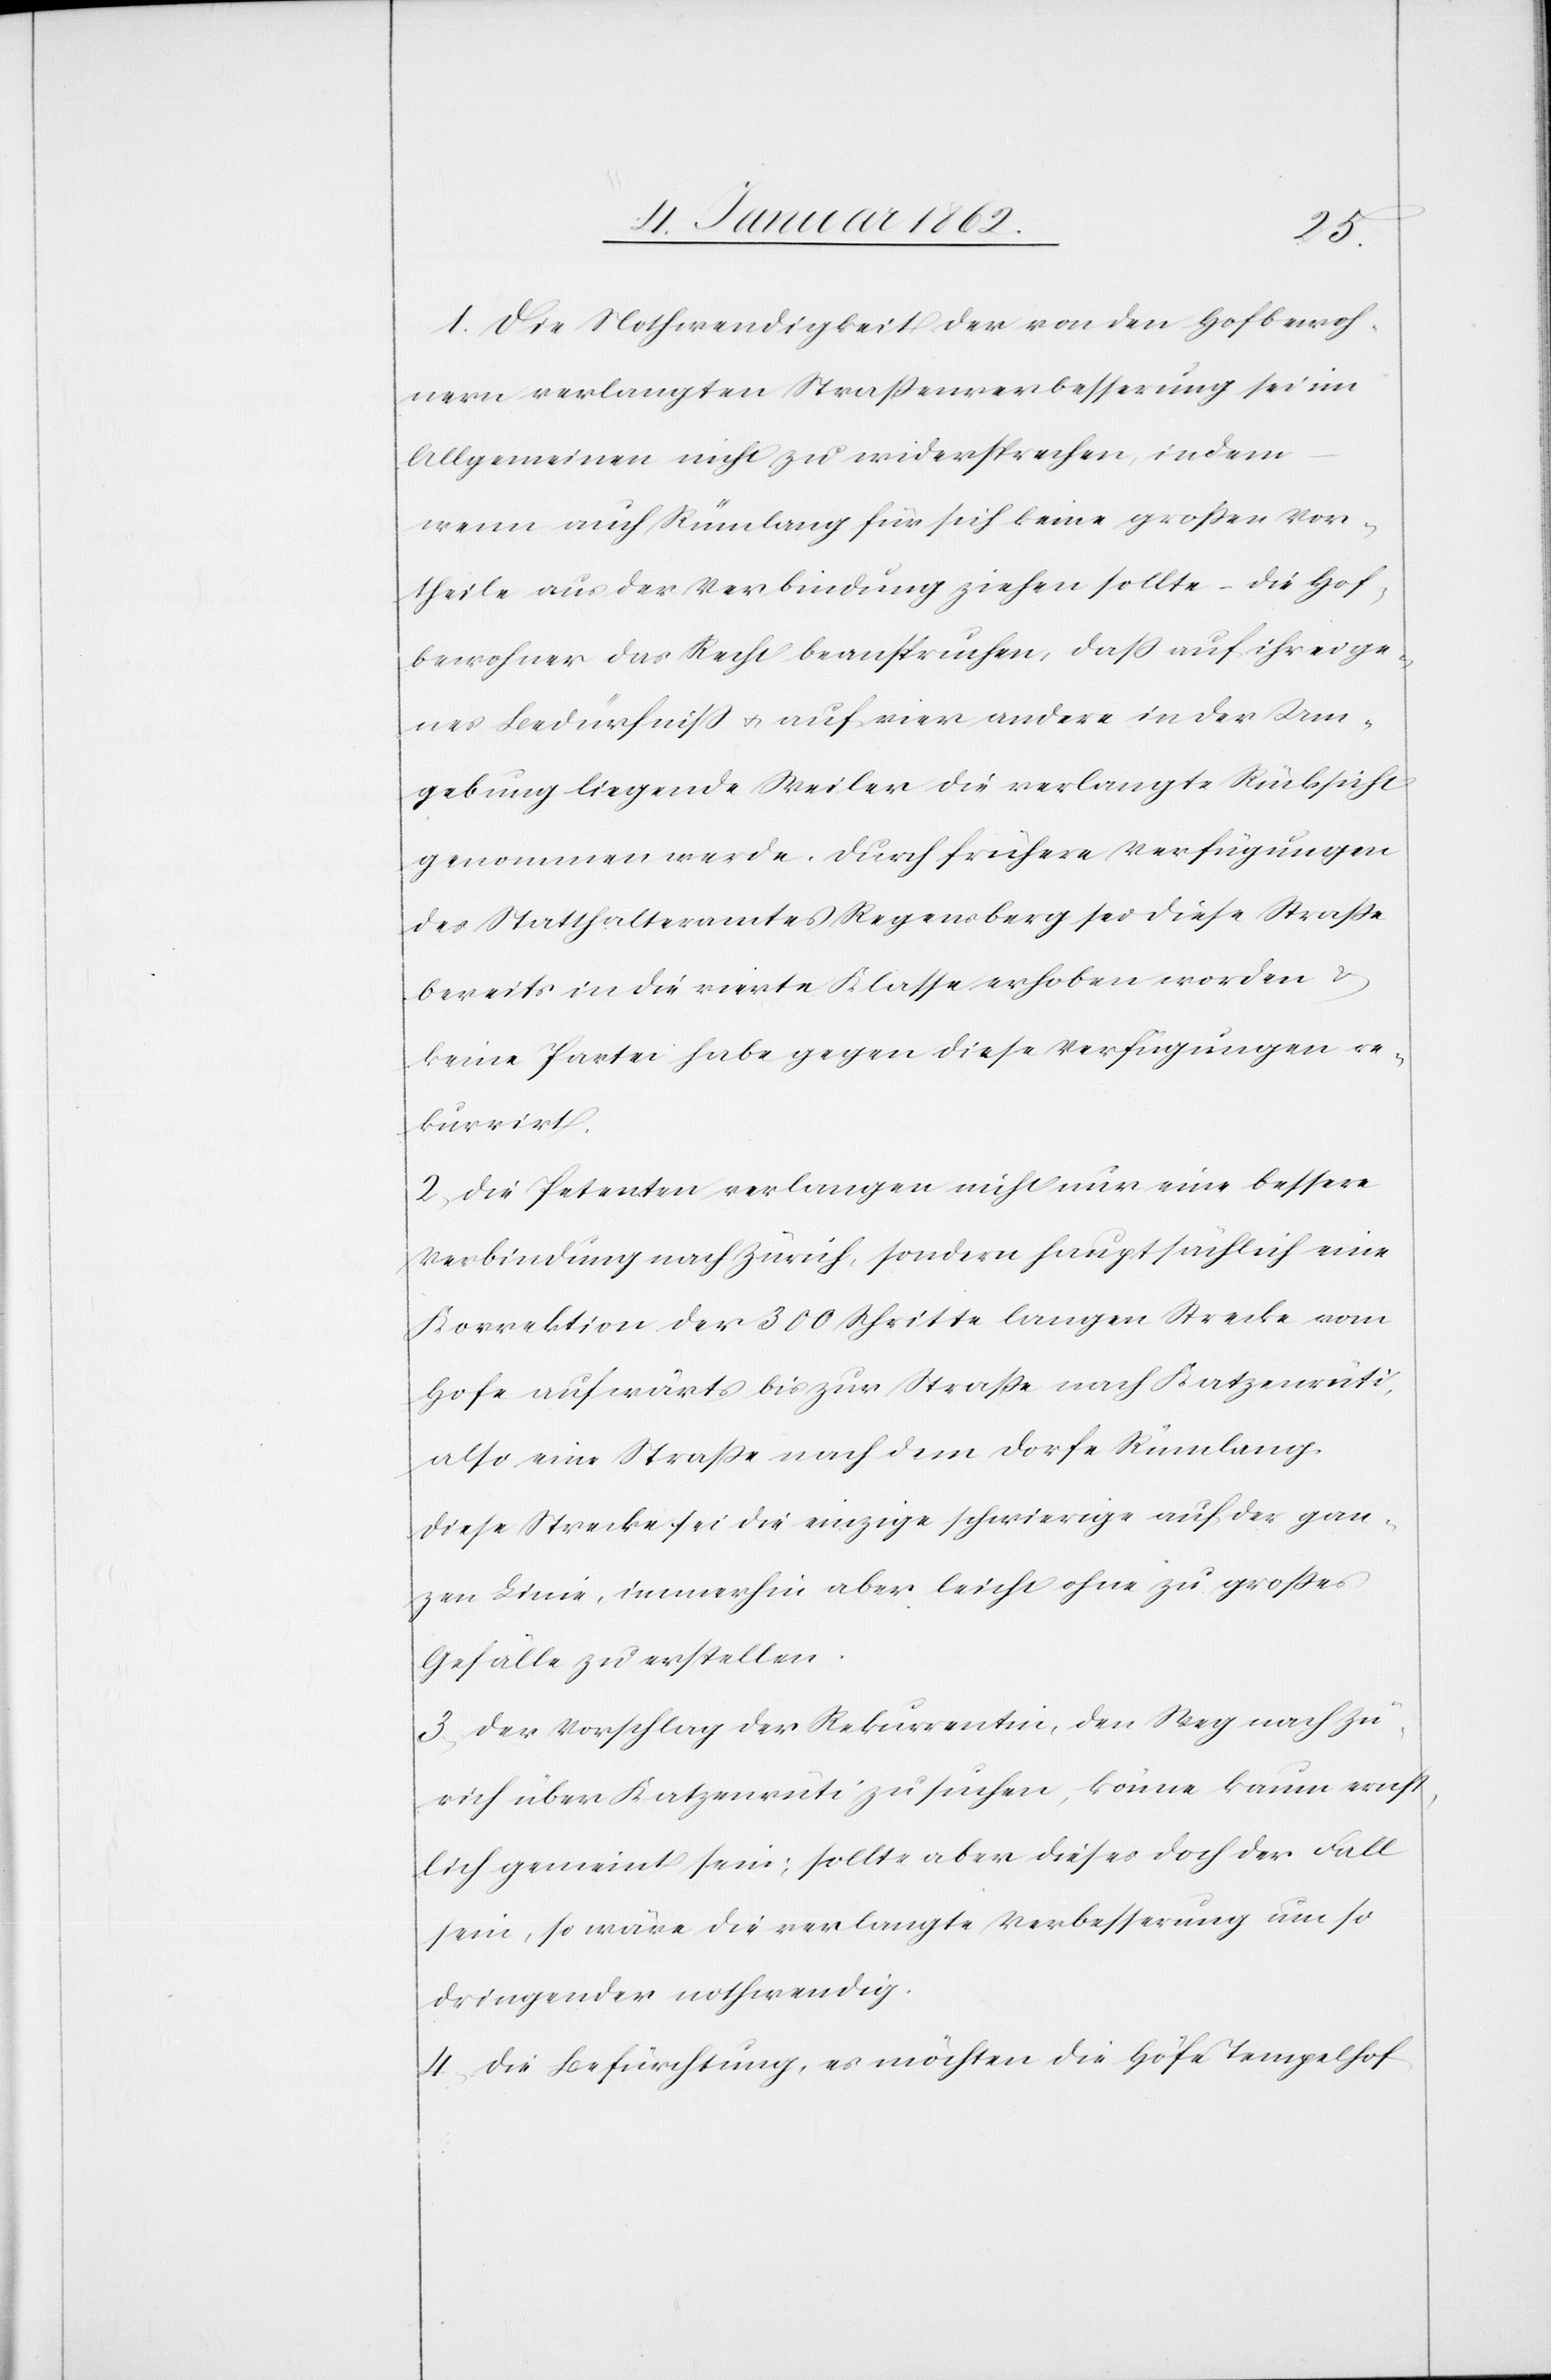
1. Die Nothwendigkeit der von den Hofbewoh¬
nern verlangten Straßenverbesserung sei im
Allgemeinen nicht zu widersprechen, indem
wenn auch Rümlang für sich keine großen Vor¬
theile aus der Verbindung ziehen sollte – die Hof¬
bewohner das Recht beanspruchen, daß auf ihr eige¬
nes Bedürfniß u. auf vier andere in der Um¬
gebung liegende Weiler die verlangte Rücksicht
genommen werde. Durch frühere Verfügungen
des Statthalteramtes Regensberg sie diese Straße
bereits in die vierte Klasse erhoben worden u.
keine Partei habe gegen diese Verfügungen re¬
kurrirt.
2. Die Petenten verlangen nicht nur eine bessere
Verbindung nach Zürich, sondern hauptsächlich eine
Korrektion der 300 Schritte langen Strecke vom
Hofe aufwärts bis zur Straße nach Katzenrüti,
also eine Straße nach dem Dorfe Rümlang.
Diese Strecke sei die einzige schwierige auf der gan¬
zen Linie, immerhin aber leicht ohne zu großes
Gefälle zu erstellen.
3. Der Vorschlag der Rekurrentin, den Weg nach Zü¬
rich über Katzenrüti zu suchen, könne kaum ernst¬
lich gemeint sein; sollte aber dieses doch der Fall
sein, so wäre die verlangte Verbesserung um so
dringender nothwendig.
4. Die Befürchtung, es möchten die Höfe Tempelhof